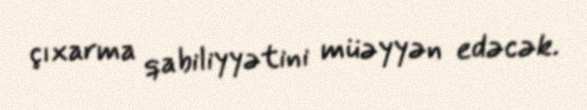
çıxarma qabiliyyətini müəyyən edəcək.